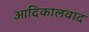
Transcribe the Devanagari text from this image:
आदिकालवाद